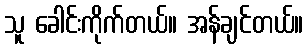
သူ ခေါင်းကိုက်တယ်။ အန်ချင်တယ်။